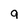
Character: 9